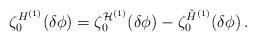
LaTeX: \begin{align*}\zeta_0^{H^{(1)}} (\delta\phi )=\zeta_0^{{\cal H}^{(1)}} (\delta\phi )-\zeta_0^{\tilde H^{(1)}} (\delta\phi ) \,. \end{align*}